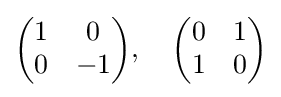
{\begin{pmatrix}1&0\\0&-1\end{pmatrix}},\quad {\begin{pmatrix}0&1\\1&0\end{pmatrix}}